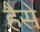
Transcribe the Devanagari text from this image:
हैसे